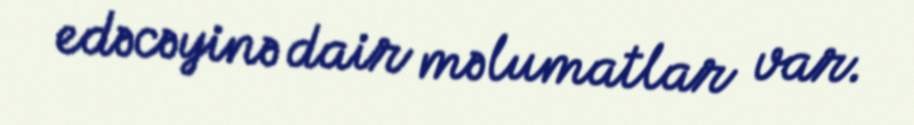
edəcəyinə dair məlumatlar var.